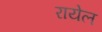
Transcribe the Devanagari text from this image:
रायेल